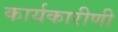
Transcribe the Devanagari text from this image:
कार्यकारीणी